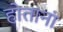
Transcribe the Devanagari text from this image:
होतानां